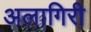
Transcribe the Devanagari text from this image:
अलागिरी